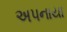
અપનાયા